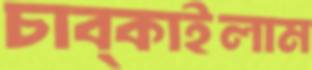
চাব্‌কাইলাম